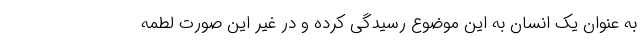
به عنوان یک انسان به این موضوع رسیدگی کرده و در غیر این صورت لطمه